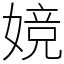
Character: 㜔